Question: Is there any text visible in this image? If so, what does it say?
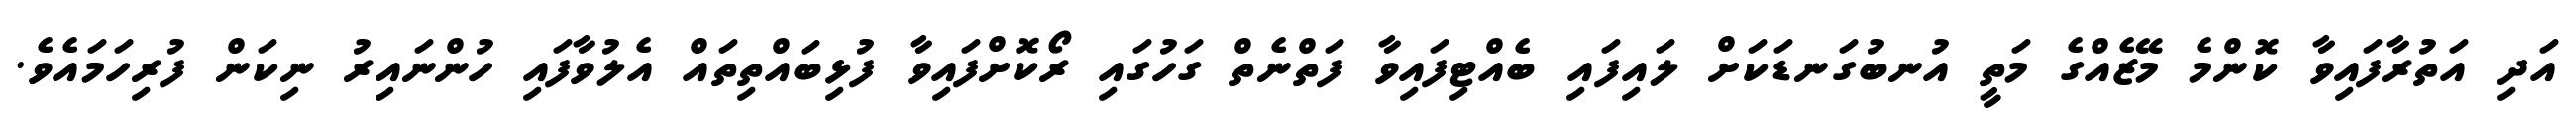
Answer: އަދި އަތުރާފައިވާ ކޮންމެ މޭޒެއްގެ މަތީ އުނބުގަނޑަކަށް ލައިފައި ބެއްޓިފައިވާ ފަތްނެތް ގަހުގައި ރޯކޮށްފައިވާ ފުޅިބައްތިތައް އެލުވާފައި ހުންނައިރު ނިކަން ފުރިހަމައެވެ.